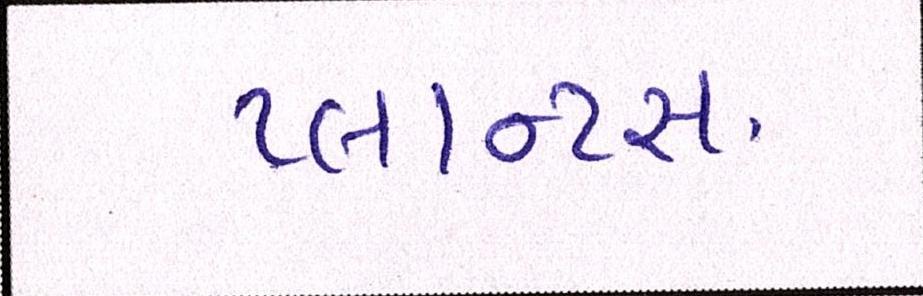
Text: પ્લાન્ટસ